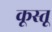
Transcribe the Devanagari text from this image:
कूस्तू